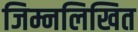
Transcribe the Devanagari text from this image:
जिम्नलिखित